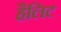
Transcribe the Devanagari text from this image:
हैलिट